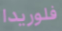
فلوريدا